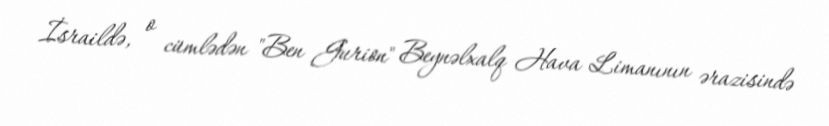
İsraildə, o cümlədən "Ben Gurion" Beynəlxalq Hava Limanının ərazisində